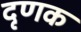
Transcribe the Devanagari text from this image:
दृणक